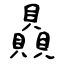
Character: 贔